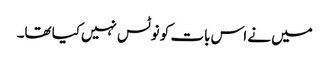
میں نے اس بات کو نوٹس نہیں‌کیا تھا۔